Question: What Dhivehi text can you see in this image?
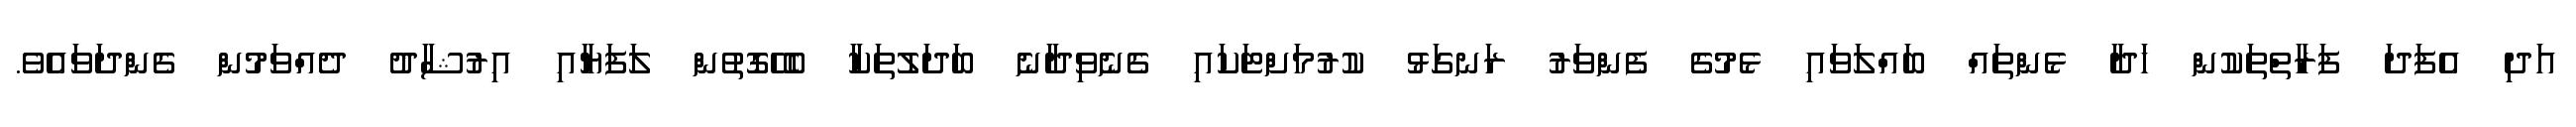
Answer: އަދި އެފަދަ ފަރާތްތަކުން ހަދާ ޅެންތައް ބައްލަވައި ޅެމުގެ ފެންވަރު ރަނގަޅު ކުރުމަށްޓަކައި ގެނެވިދާނެ ބަދަލުތަކާ ބެހޭގޮތުން ލަފަޔާއި އިރުޝާދު ދެއްވަމުން ގެންދަވައެވެ.